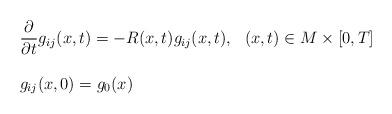
LaTeX: \begin{align*}\left. \begin{array}{l}\displaystyle \frac{\partial}{\partial t} g_{ij}(x ,t) = - R(x, t) g_{ij}(x ,t), \ \ (x, t) \in M \times [0, T]\\ \ \\g_{ij}(x ,0) = g_0(x)\end{array} \right.\end{align*}